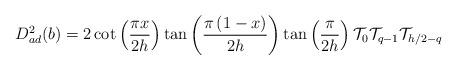
LaTeX: \begin{align*}D_{ad}^{2}(b)=2\cot \left( \frac{\pi x}{2h}\right) \tan \left( \frac{\pi\left( 1-x\right) }{2h}\right) \tan \left( \frac{\pi }{2h}\right) \mathcal{T}_{0}\mathcal{T}_{q-1}\mathcal{T}_{h/2-q} \end{align*}